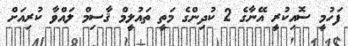
ފަހުމީ ސޮއިކުރީ އޭނާގެ 2 ކުދިންގެ މަތީ ތައުލީމް ޤާސިމްް ލައްވާ ކުރިއަށް